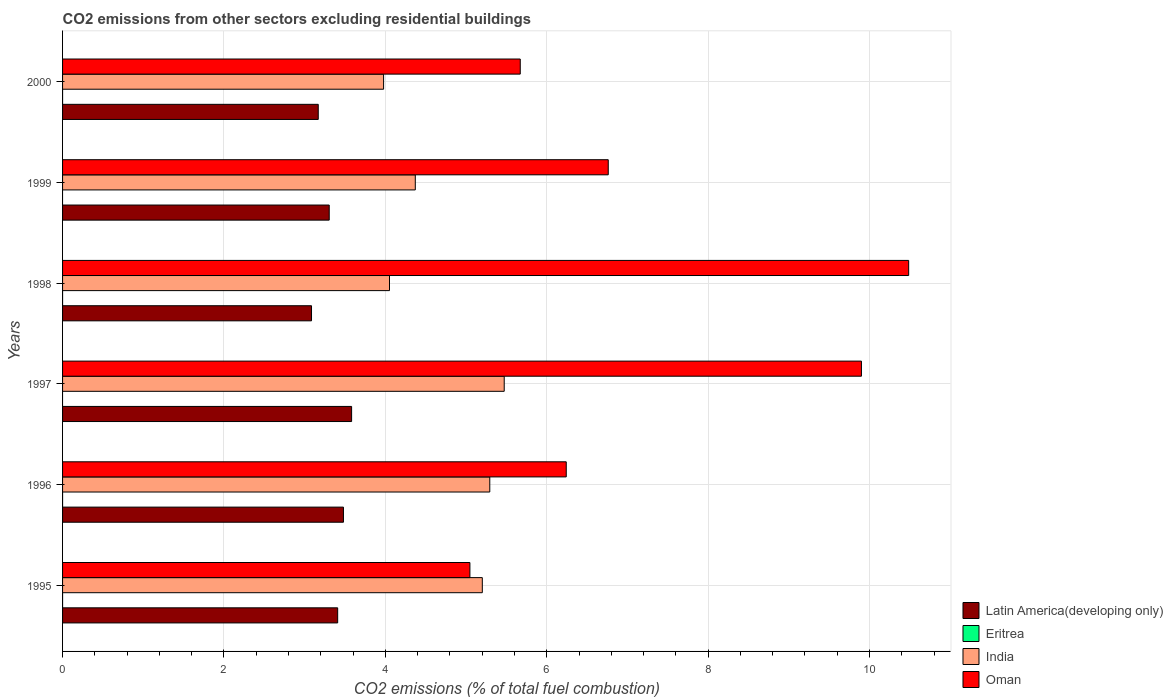
| Years | Latin America(developing only) | Eritrea | India | Oman |
 | --- | --- | --- | --- | --- |
 | 1995 | 3.41 | 4.51e-16 | 5.2 | 5.05 |
 | 1996 | 3.48 | -1.22e-15 | 5.29 | 6.24 |
 | 1997 | 3.58 | -1.25 | 5.47 | 9.9 |
 | 1998 | 3.09 | 5.88e-16 | 4.05 | 10.5 |
 | 1999 | 3.3 | -1.59 | 4.37 | 6.76 |
 | 2000 | 3.17 | -1.71e-15 | 3.98 | 5.67 |